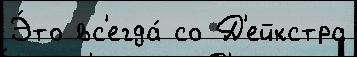
Э́то вс'егда́ со Д'ейкстра